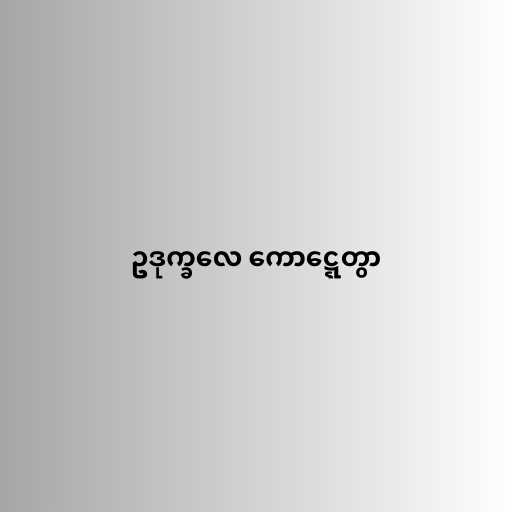
ဥဒုက္ခလေ ကောဋ္ဋေတွာ